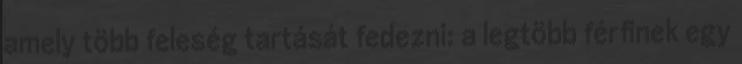
amely több feleség tartását fedezni: a legtöbb férﬁnek egy